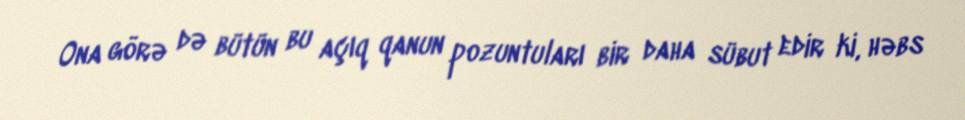
Ona görə də bütün bu açıq qanun pozuntuları bir daha sübut edir ki, həbs